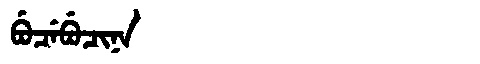
Manchu: ᠪᡠᠴᡝᠪᡠᠴᡳᠨᠠ
Romanization: BUCEBUCINA